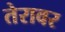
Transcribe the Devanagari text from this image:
तेरावर